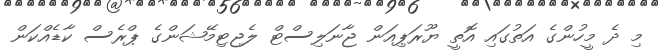
މި ދެ މީހުންގެ އަތުގައި އޮތީ ޔޫރަޕިއަން ޖާނަލިސްޓް ލެޖިޓިމޭޝަންގެ ޕްރެސް ކާޑެއްކަން